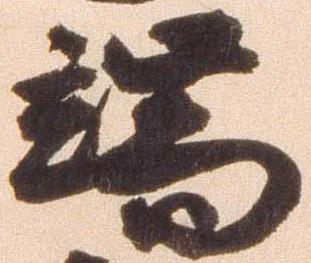
端